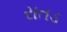
રાતડ